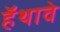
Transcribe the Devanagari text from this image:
हॅथावे